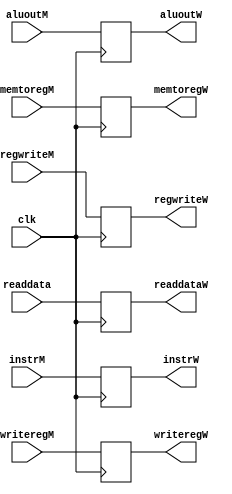
module M_MEM_WB_REG(
    input clk,
    input[31:0] instrM,
    input regwriteM,
    input memtoregM,
    input[31:0] aluoutM, readdata,
    input[4:0] writeregM,
    output reg regwriteW,
    output reg memtoregW,
    output reg[31:0] aluoutW, readdataW,
    output reg[4:0] writeregW,
    output reg[31:0] instrW);

    always@(posedge clk) begin
        //$display("MEM to WB");
        regwriteW <= regwriteM;
        memtoregW <= memtoregM;
        aluoutW <= aluoutM;
        readdataW <= readdata;
        writeregW <= writeregM;
        instrW <= instrM;

        if(instrW!=8'hx)
            $display("Instruction %h is in WB stage", instrW);
    end
endmodule